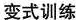
变式训练